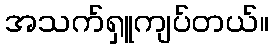
အသက်ရှူကျပ်တယ်။